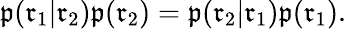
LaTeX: \mathfrak{p}(\mathfrak{{r}}_{1}|\mathfrak{{r}}_{2})\mathfrak{p}(\mathfrak{{r}}_{2})=\mathfrak{p}(\mathfrak{{r}}_{2}|\mathfrak{{r}}_{1})\mathfrak{p}(\mathfrak{{r}}_{1}).